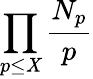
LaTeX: \prod_{p\leq\mathit{X}}{\frac{{N_{p}}}{{p}}}